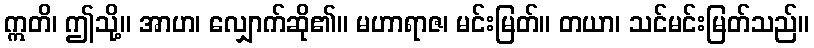
ဣတိ၊ ဤသို့။ အာဟ၊ လျှောက်ဆို၏။ မဟာရာဇ၊ မင်းမြတ်။ တယာ၊ သင်မင်းမြတ်သည်။